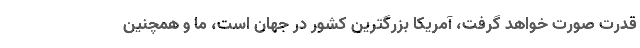
قدرت صورت خواهد گرفت، آمریکا بزرگترین کشور در جهان است، ما و همچنین